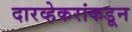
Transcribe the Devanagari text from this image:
दारव्हेकरांकडून